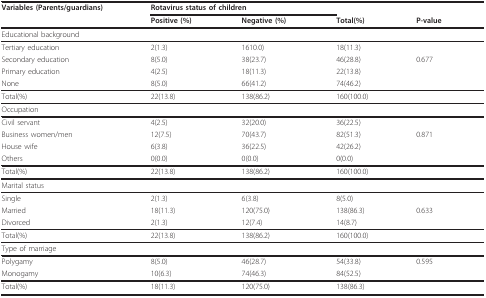
| Variables (Parents/guardians) | <COLSPAN=2> Rotavirus status of children |  |  |
 |  | Positive (%) | Negative (%) | Total(%) | P-value |
 | --- | --- | --- | --- | --- |
 | <COLSPAN=5> Educational background |
 | Tertiary education | 2(1.3) | 1610.0) | 18(11.3) |  |
 | Secondary education | 8(5.0) | 38(23.7) | 46(28.8) | 0.677 |
 | Primary education | 4(2.5) | 18(11.3) | 22(13.8) |  |
 | None | 8(5.0) | 66(41.2) | 74(46.2) |  |
 | Total(%) | 22(13.8) | 138(86.2) | 160(100.0) |  |
 | <COLSPAN=5> Occupation |
 | Civil servant | 4(2.5) | 32(20.0) | 36(22.5) |  |
 | Business women/men | 12(7.5) | 70(43.7) | 82(51.3) | 0.871 |
 | House wife | 6(3.8) | 36(22.5) | 42(26.2) |  |
 | Others | 0(0.0) | 0(0.0) | 0(0.0) |  |
 | Total(%) | 22(13.8) | 138(86.2) | 160(100.0) |  |
 | <COLSPAN=5> Marital status |
 | Single | 2(1.3) | 6(3.8) | 8(5.0) |  |
 | Married | 18(11.3) | 120(75.0) | 138(86.3) | 0.633 |
 | Divorced | 2(1.3) | 12(7.4) | 14(8.7) |  |
 | Total(%) | 22(13.8) | 138(86.2) | 160(100.0) |  |
 | <COLSPAN=5> Type of marriage |
 | Polygamy | 8(5.0) | 46(28.7) | 54(33.8) | 0.595 |
 | Monogamy | 10(6.3) | 74(46.3) | 84(52.5) |  |
 | Total(%) | 18(11.3) | 120(75.0) | 138(86.3) |  |